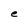
Character: e